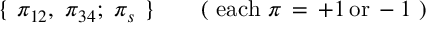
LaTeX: \{ \ \pi _ { 1 2 } , \ \pi _ { 3 4 } ; \ \pi _ { s } \ \} \qquad ( \ \mathrm { e a c h } \ \pi \, = \, + 1 \, \mathrm { o r } \, - 1 \ )